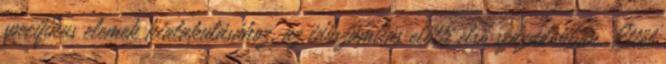
specifikus elemek kialakulásához, az időszámítás előtti első századokban. Ettől